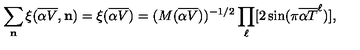
\sum _ { \bf n } \xi ( { \overline { { \alpha V } } } , { \bf n } ) = \xi ( { \overline { { \alpha V } } } ) = ( M ( { \overline { { \alpha V } } } ) ) ^ { - 1 / 2 } \prod _ { \ell } [ 2 \sin ( \pi { \overline { { \alpha T } } } ^ { \ell } ) ] ,